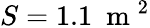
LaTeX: S=1.1~\mathrm{~m~}^{2}